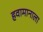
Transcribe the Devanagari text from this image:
हवामानाला